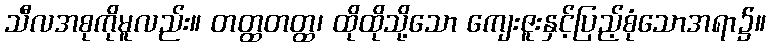
သီလအစုကိုမူလည်း။ တတ္ထတတ္ထ၊ ထိုထိုသို့သော ကျေးဇူးနှင့်ပြည့်စုံသောအရာ၌။